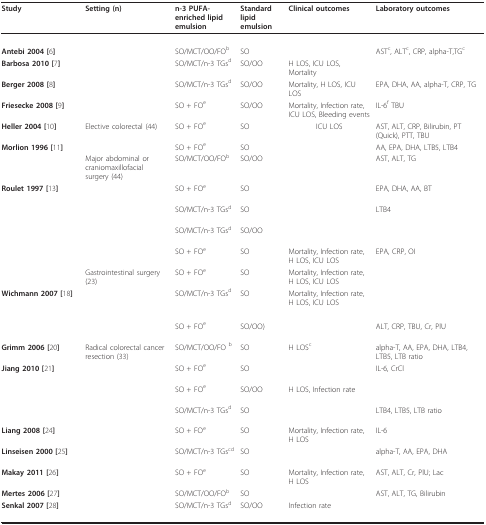
<table><thead><tr><td><b>Study</b></td><td><b>Setting (n)</b></td><td><b>n-3 PUFA-enriched lipid emulsion</b></td><td><b>Standard lipid emulsion</b></td><td><b>Clinical outcomes</b></td><td><b>Laboratory outcomes</b></td></tr></thead><tbody><tr><td colspan="6">[EMPTY_CELL]</td></tr><tr><td><b>Antebi 2004 [</b>6<b>]</b></td><td>[EMPTY_CELL]</td><td>SO/MCT/OO/FO<sup>b</sup></td><td>SO</td><td>[EMPTY_CELL]</td><td>AST<sup>c</sup>, ALT<sup>c</sup>, CRP, alpha-T,TG<sup>c</sup></td></tr><tr><td><b>Barbosa 2010 [</b>7<b>]</b></td><td>[EMPTY_CELL]</td><td>SO/MCT/n-3 TGs<sup>d</sup></td><td>SO/OO</td><td>H LOS, ICU LOS, Mortality</td><td>[EMPTY_CELL]</td></tr><tr><td><b>Berger 2008 [</b>8<b>]</b></td><td>[EMPTY_CELL]</td><td>SO/MCT/n-3 TGs<sup>d</sup></td><td>SO/OO</td><td>Mortality, H LOS, ICU LOS</td><td>EPA, DHA, AA, alpha-T, CRP, TG</td></tr><tr><td><b>Friesecke 2008 [</b>9<b>]</b></td><td>[EMPTY_CELL]</td><td>SO + FO<sup>e</sup></td><td>SO/OO</td><td>Mortality, Infection rate, ICU LOS, Bleeding events</td><td>IL-6<sup>f </sup>TBU</td></tr><tr><td><b>Heller 2004 [</b>10<b>]</b></td><td>Elective colorectal (44)</td><td>SO + FO<sup>e</sup></td><td>SO</td><td>ICU LOS</td><td>AST, ALT, CRP, Bilirubin, PT (Quick), PTT, TBU</td></tr><tr><td><b>Morlion 1996 [</b>11<b>]</b></td><td>[EMPTY_CELL]</td><td>SO + FO<sup>e</sup></td><td>SO</td><td>[EMPTY_CELL]</td><td>AA, EPA, DHA, LTB5, LTB4</td></tr><tr><td>[EMPTY_CELL]</td><td>Major abdominal or craniomaxillofacial surgery (44)</td><td>SO/MCT/OO/FO<sup>b</sup></td><td>SO/OO</td><td>[EMPTY_CELL]</td><td>AST, ALT, TG</td></tr><tr><td><b>Roulet 1997 [</b>13<b>]</b></td><td>[EMPTY_CELL]</td><td>SO + FO<sup>e</sup></td><td>SO</td><td>[EMPTY_CELL]</td><td>EPA, DHA, AA, BT</td></tr><tr><td>[EMPTY_CELL]</td><td>[EMPTY_CELL]</td><td>SO/MCT/n-3 TGs<sup>d</sup></td><td>SO</td><td>[EMPTY_CELL]</td><td>LTB4</td></tr><tr><td>[EMPTY_CELL]</td><td>[EMPTY_CELL]</td><td>SO/MCT/n-3 TGs<sup>d</sup></td><td>SO/OO</td><td>[EMPTY_CELL]</td><td>[EMPTY_CELL]</td></tr><tr><td>[EMPTY_CELL]</td><td>[EMPTY_CELL]</td><td>SO + FO<sup>e</sup></td><td>SO</td><td>Mortality, Infection rate, H LOS, ICU LOS</td><td>EPA, CRP, OI</td></tr><tr><td>[EMPTY_CELL]</td><td>Gastrointestinal surgery (23)</td><td>SO + FO<sup>e</sup></td><td>SO</td><td>Mortality, Infection rate, H LOS, ICU LOS</td><td>[EMPTY_CELL]</td></tr><tr><td><b>Wichmann 2007 [</b>18<b>]</b></td><td>[EMPTY_CELL]</td><td>SO/MCT/n-3 TGs<sup>d</sup></td><td>SO</td><td>Mortality, Infection rate, H LOS, ICU LOS</td><td>[EMPTY_CELL]</td></tr><tr><td colspan="6">[EMPTY_CELL]</td></tr><tr><td>[EMPTY_CELL]</td><td>[EMPTY_CELL]</td><td>SO + FO<sup>e</sup></td><td>SO/OO)</td><td>[EMPTY_CELL]</td><td>ALT, CRP, TBU, Cr, PlU</td></tr><tr><td><b>Grimm 2006 [</b>20<b>]</b></td><td>Radical colorectal cancer resection (33)</td><td>SO/MCT/OO/FO <sup>b</sup></td><td>SO</td><td>H LOS<sup>c</sup></td><td>alpha-T, AA, EPA, DHA, LTB4, LTB5, LTB ratio</td></tr><tr><td><b>Jiang 2010 [</b>21<b>]</b></td><td>[EMPTY_CELL]</td><td>SO + FO<sup>e</sup></td><td>SO</td><td>[EMPTY_CELL]</td><td>IL-6, CrCl</td></tr><tr><td>[EMPTY_CELL]</td><td>[EMPTY_CELL]</td><td>SO + FO<sup>e</sup></td><td>SO/OO</td><td>H LOS, Infection rate</td><td>[EMPTY_CELL]</td></tr><tr><td>[EMPTY_CELL]</td><td>[EMPTY_CELL]</td><td>SO/MCT/n-3 TGs<sup>d</sup></td><td>SO</td><td>[EMPTY_CELL]</td><td>LTB4, LTB5, LTB ratio</td></tr><tr><td><b>Liang 2008 [</b>24<b>]</b></td><td>[EMPTY_CELL]</td><td>SO + FO<sup>e</sup></td><td>SO</td><td>Mortality, Infection rate, H LOS</td><td>IL-6</td></tr><tr><td><b>Linseisen 2000 [</b>25<b>]</b></td><td>[EMPTY_CELL]</td><td>SO/MCT/n-3 TGs<sup>cd</sup></td><td>SO</td><td>[EMPTY_CELL]</td><td>alpha-T, AA, EPA, DHA</td></tr><tr><td><b>Makay 2011 [</b>26<b>]</b></td><td>[EMPTY_CELL]</td><td>SO + FO<sup>e</sup></td><td>SO</td><td>Mortality, Infection rate, H LOS</td><td>AST, ALT, Cr, PlU; Lac</td></tr><tr><td><b>Mertes 2006 [</b>27<b>]</b></td><td>[EMPTY_CELL]</td><td>SO/MCT/OO/FO<sup>b </sup></td><td>SO</td><td>[EMPTY_CELL]</td><td>AST, ALT, TG, Bilirubin</td></tr><tr><td><b>Senkal 2007 [</b>28<b>]</b></td><td>[EMPTY_CELL]</td><td>SO/MCT/n-3 TGs<sup>d</sup></td><td>SO/OO</td><td>Infection rate</td><td>[EMPTY_CELL]</td></tr></tbody></table>